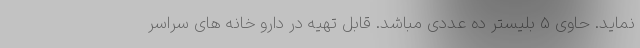
نماید. حاوی 5 بلیستر ده عددی مباشد. قابل تهیه در دارو خانه های سراسر